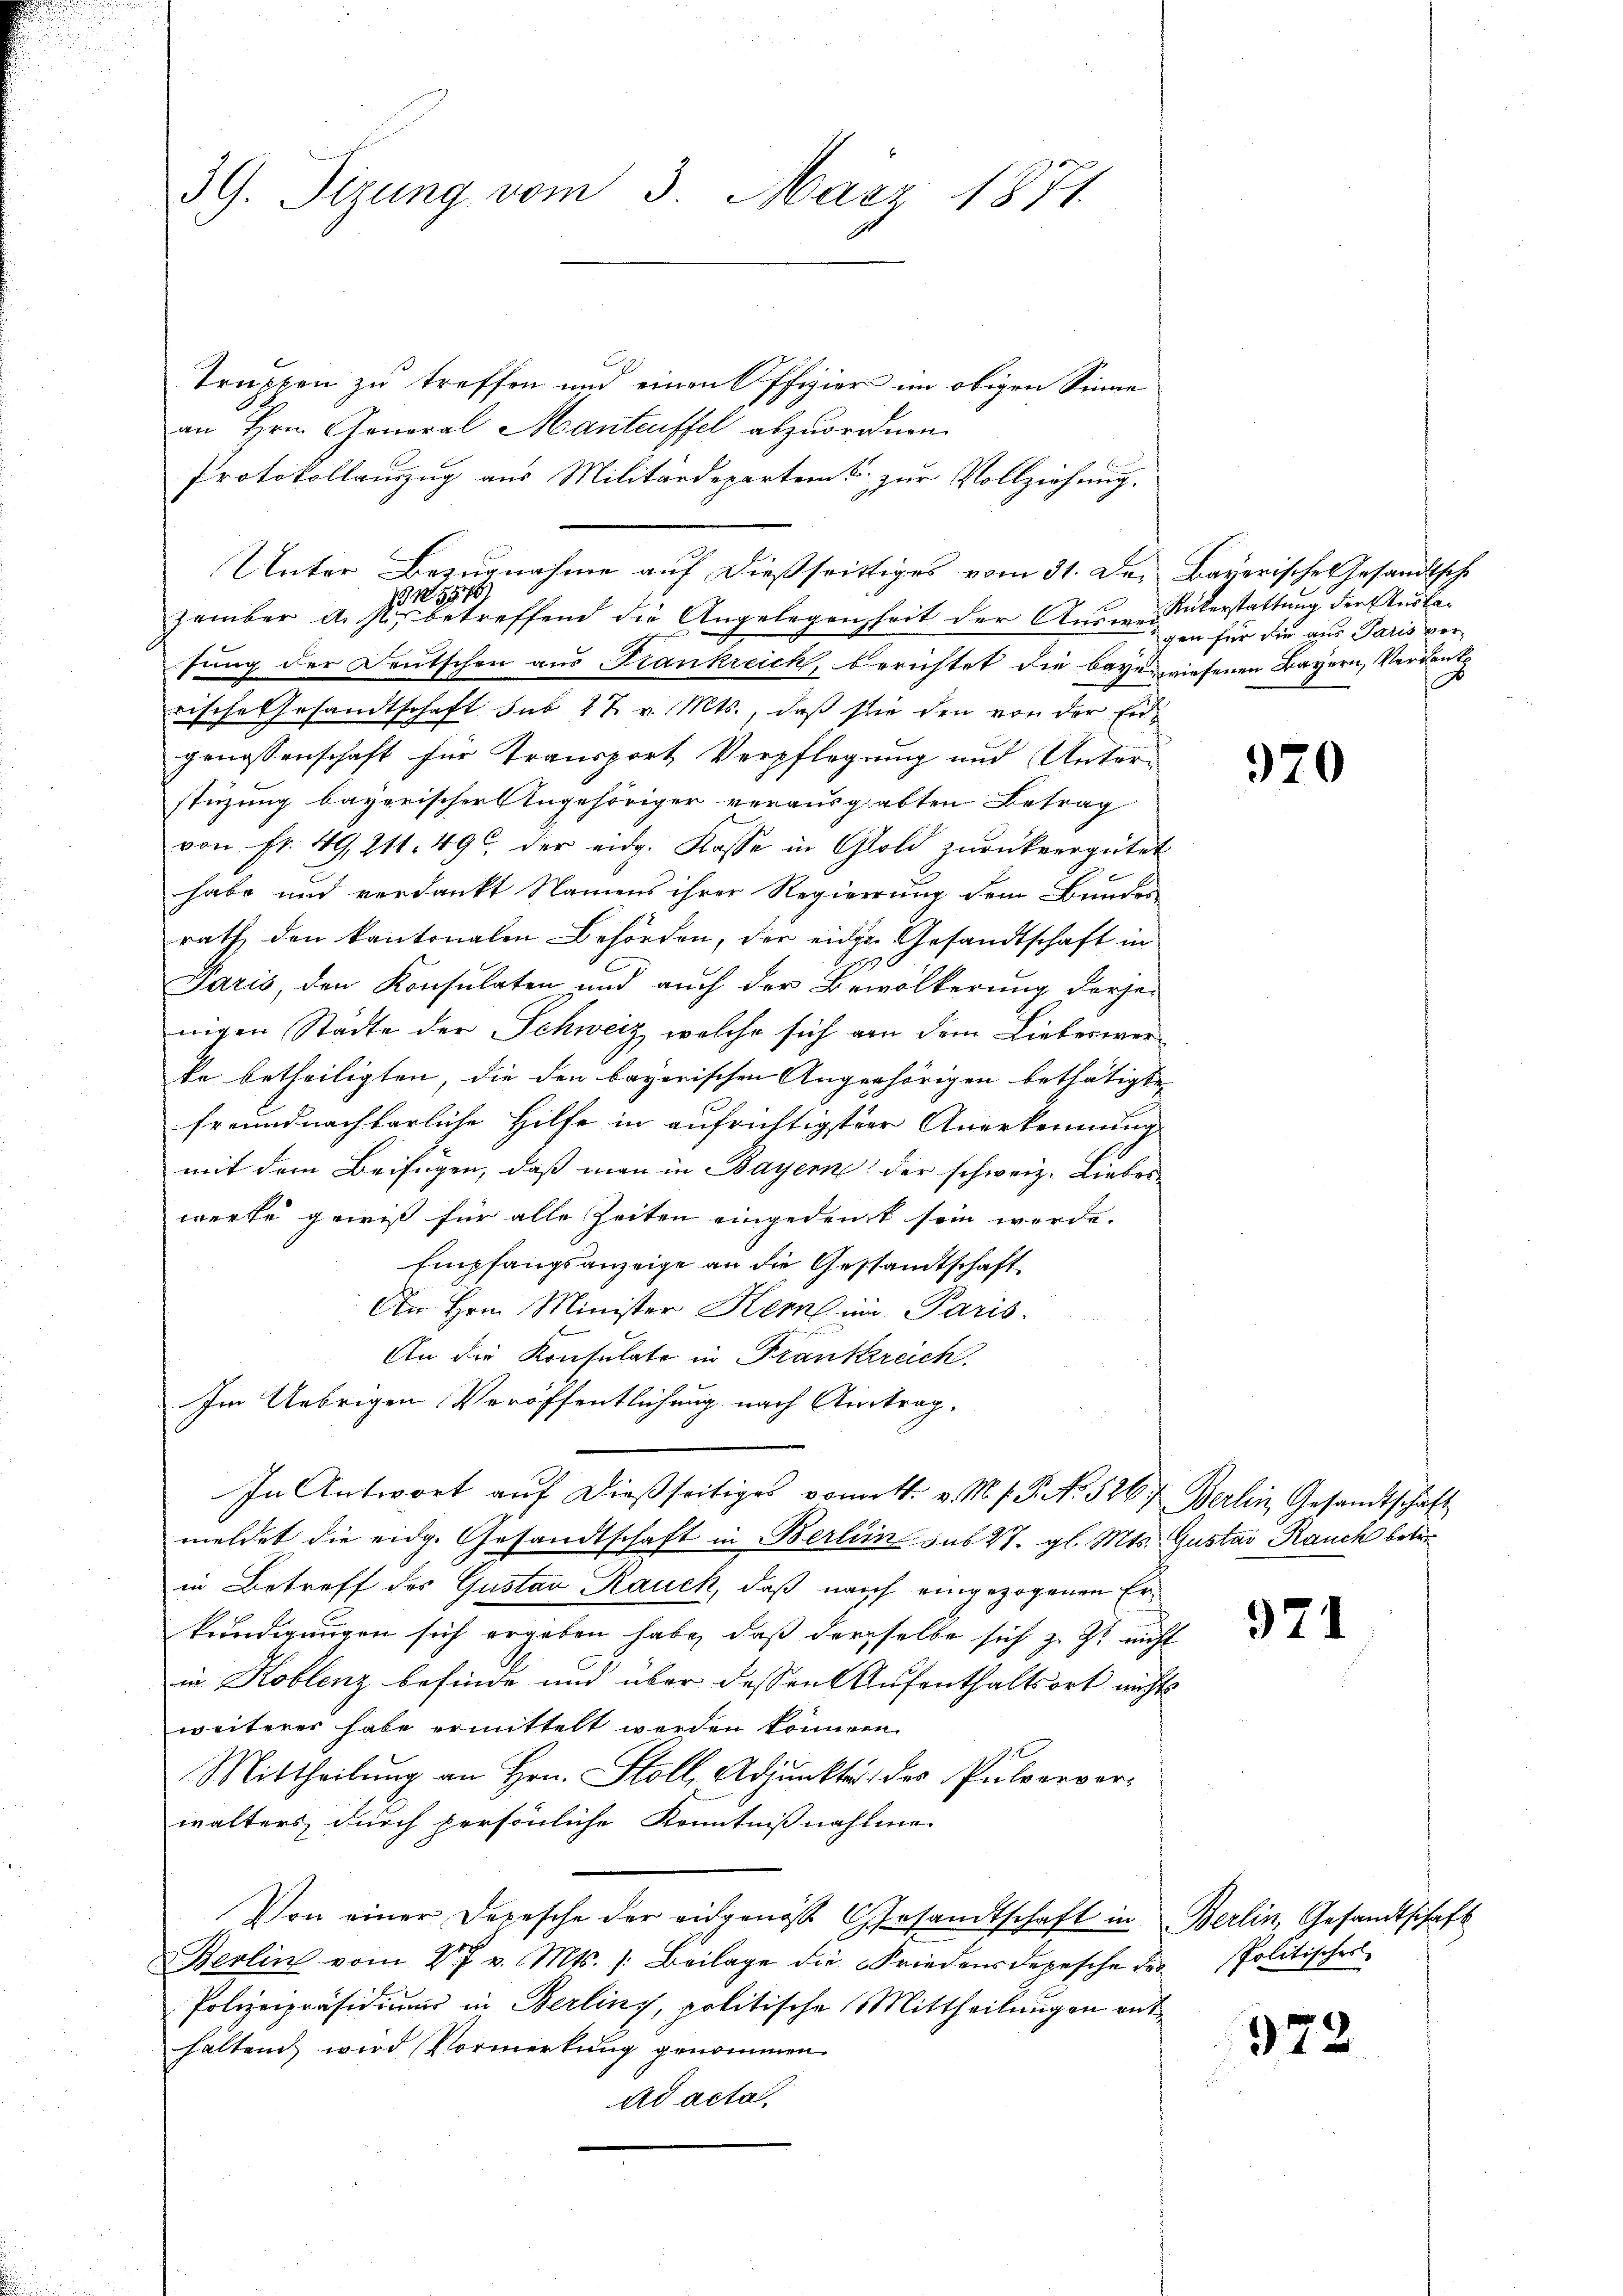
39. Sizung vom 3. März 1871.

Truppen zu treffen und einen Offizier im obigen Sinne
an Hrn. Gonoral Manteuffel abzuordnen.
Protokollauszug aus Militärdepartent zur Vollziehung.
Unter Bezugnahme auf dießseitiges vom 31. Der Bayerisches Gesandtsche
zember dist, betreffend die Angelegenheit der Ausweisung der Deutschen aus Frankreich, berichtet die bayerwiesenen Bayern, Verdank
rische Gesandtschaft sub 27. v. Mts., daß sie den von der Ergenossenschaft für Transport Verpflegung und Unterstüzung bayerischer Ungehöriger vorausgabten Betrag
von fr. 49, 211. 49, der eidg. Kasse in Gold zurückvergütet
habe und verdankt Namens ihrer Regierung dem Bundes
rath den kantonalen Behörden, der eine Gesandtschaft in
Paris, den Konsulaten und auch der Bevölkerung derge-
wigen Stadte der Schweiz, welche sich von dem Lieberwerke betheiligten, die den bayerischen Angehörigen bethätigten
freundnachbarliche Hilfe in aufrichtigster Anerkennung
mit dem Beifügen, daß man in Bayerne der schweiz. Liebes
werke gewiß für alle Zeiten eingedenkt sein würde.
Empfangsanzeige an die Gestandtschaft
An Hrn. Minister Kerl in Paris.
An die Konsulate in Frankreich.
Im Uebrigen Veröffentlichung nach Antrag,
In Antwort aŭf dieβ seitiges vom 4. v. M. f. P. Nr. 526. Berlin Gesandtschaft
meldet die eidg. Gesandtschaft in Berlin sub 27. gl. Mts. Gustav Rauch betre
in Betreff des Gustav Rauch, daß nach eingezogenen Er¬
Beendigungen sich ergeben habe, daß derselbe sich z. Z. nicht
in Koblenz befinde und über dessen Aufenthaltsort nichts
weiteres habe ermittelt worden können.
Mittheilung an Hrn. Stoll, Adjunkter des Pulvervorwalters, durch persönliche Kenntnißnahme
Von einer Depesche der eidgenoss Gesandtschaft in Berlin, Gesandtschaft
Berlin vom 2. v. Mts. /: Beilage die Friedensdepesche der Politischer
Polizeipräsidium in Berlini, politische Mittheilungen enthaltend wird Vormerkung genommen.
ad acta

N 557.

Rükerstattung der Auslagen für die aus Paris ver-
.

970

971

372